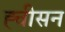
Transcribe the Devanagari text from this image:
ह्चीसन